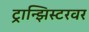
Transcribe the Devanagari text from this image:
ट्रान्झिस्टरवर